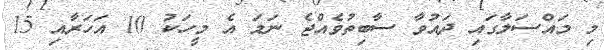
މި މައްސަލާގައި ދައުވާ ސާބިތުވެއްޖެ ނަމަ އެ މީހަކު 10 އަހަރާއި 15